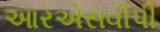
આરએસવીપી